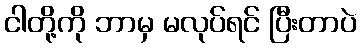
ငါတို့ကို ဘာမှ မလုပ်ရင် ပြီးတာပဲ